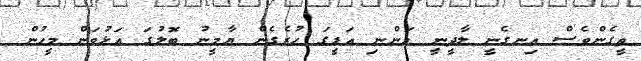
ތީގެންވެސް އިނގެނީ ލާދީނީ އަންނި އަޑީގަ ހުރެގެން ޔާމީނު ބޮލުގަ އަޅުވަން މީހުން